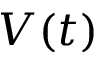
V ( t )